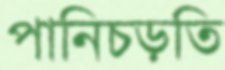
পানিচড়তি